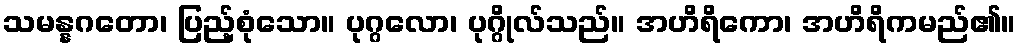
သမန္နဂတော၊ ပြည့်စုံသော။ ပုဂ္ဂလော၊ ပုဂ္ဂိုလ်သည်။ အဟိရိကော၊ အဟိရိကမည်၏။